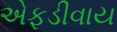
એફડીવાય